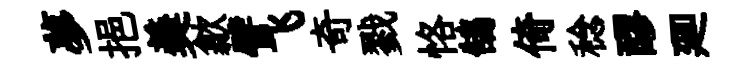
夢挹羮歙譬飞奇戮恪鵠倚稔醪廽